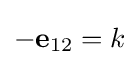
-\mathbf {e} _{12}=k